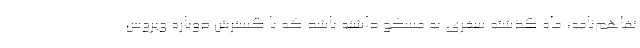
تفاهم‌نامه، ماه گذشته سفری به مسکو داشته باشد که با گسترش دوباره ویروس